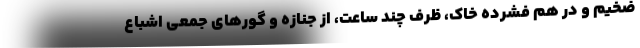
ضخيم و در هم فشرده خاك، ظرف چند ساعت، از جنازه و گورهاي جمعي اشباع